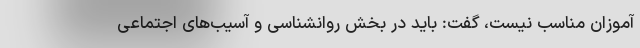
آموزان مناسب نیست، گفت: باید در بخش روانشناسی و آسیب‌های اجتماعی